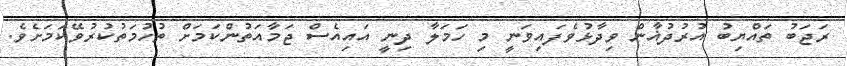
ރަޖަބު ތައްޔިބު އުރުދުޣާން ވިދާޅުވެފައިވަނީ މި ހަމަލާ ދިނީ އައިއެސް ޖަމާއަތުންކަމަށް ތުހުމަތުކުރުވޭކަމަށެވެ.